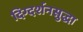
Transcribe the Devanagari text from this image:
दिग्दर्शनसुद्धा